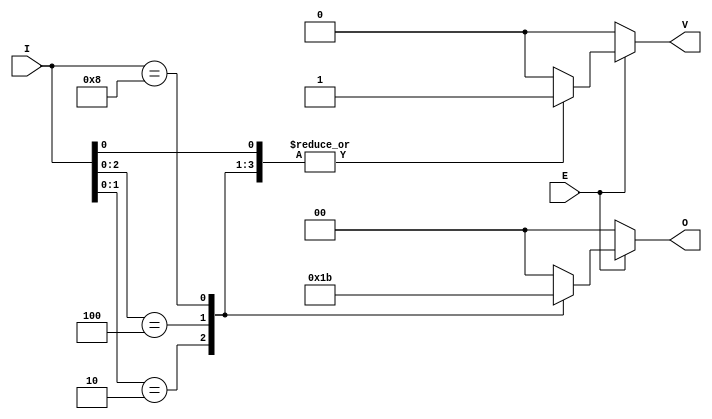
module DualPriorityEncoder #(
    parameter N = 4 // Number of inputs (I0 to I(N-1))
)(
    input wire [N-1:0] I, // Input signals
    input wire E,         // Enable signal
    output reg [1:0] O,   // Binary output (O1, O0)
    output reg V          // Valid signal
);

    always @(*) begin
        // Default outputs
        O = 2'b00; // Default binary output
        V = 1'b0;  // Default valid signal

        if (E) begin
            // Priority encoding logic
            casez (I)
                4'b???1: begin O = 2'b00; V = 1'b1; end // I0 is active
                4'b??10: begin O = 2'b01; V = 1'b1; end // I1 is active
                4'b?100: begin O = 2'b10; V = 1'b1; end // I2 is active
                4'b1000: begin O = 2'b11; V = 1'b1; end // I3 is active
                default: ; // No action, outputs remain default
            endcase
        end
    end

endmodule